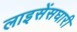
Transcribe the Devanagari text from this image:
लाइसेंसघारी